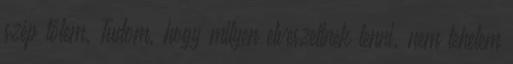
szép tőlem. Tudom, hogy milyen elveszettnek lenni. nem tehetem